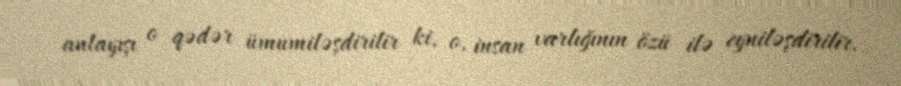
anlayışı o qədər ümumiləşdirilir ki, o, insan varlığının özü ilə eyniləşdirilir.